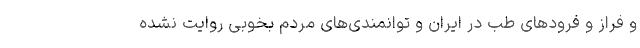
و فراز و فرودهای طب در ایران و توانمندی‌های مردم بخوبی روایت نشده